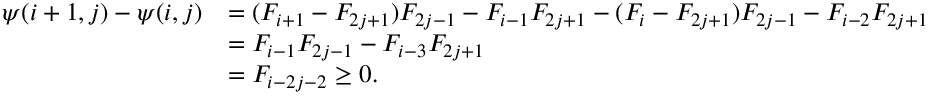
\begin{array} { r l } { \psi ( i + 1 , j ) - \psi ( i , j ) } & { = ( F _ { i + 1 } - F _ { 2 j + 1 } ) F _ { 2 j - 1 } - F _ { i - 1 } F _ { 2 j + 1 } - ( F _ { i } - F _ { 2 j + 1 } ) F _ { 2 j - 1 } - F _ { i - 2 } F _ { 2 j + 1 } } \\ & { = F _ { i - 1 } F _ { 2 j - 1 } - F _ { i - 3 } F _ { 2 j + 1 } } \\ & { = F _ { i - 2 j - 2 } \geq 0 . } \end{array}